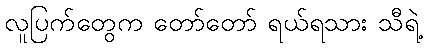
လူပြက်တွေက တော်တော် ရယ်ရသား သီရဲ့